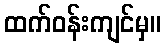
ထက်ဝန်းကျင်မှ။